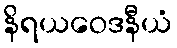
နိရယဝေဒနီယံ